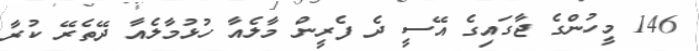
146 މީހުންގެ ޖާގައިގެ އޭސީ ދެ ފެރީން މާލެއާ ހުޅުމާލެއާ ދޭތެރޭ ކުރާ